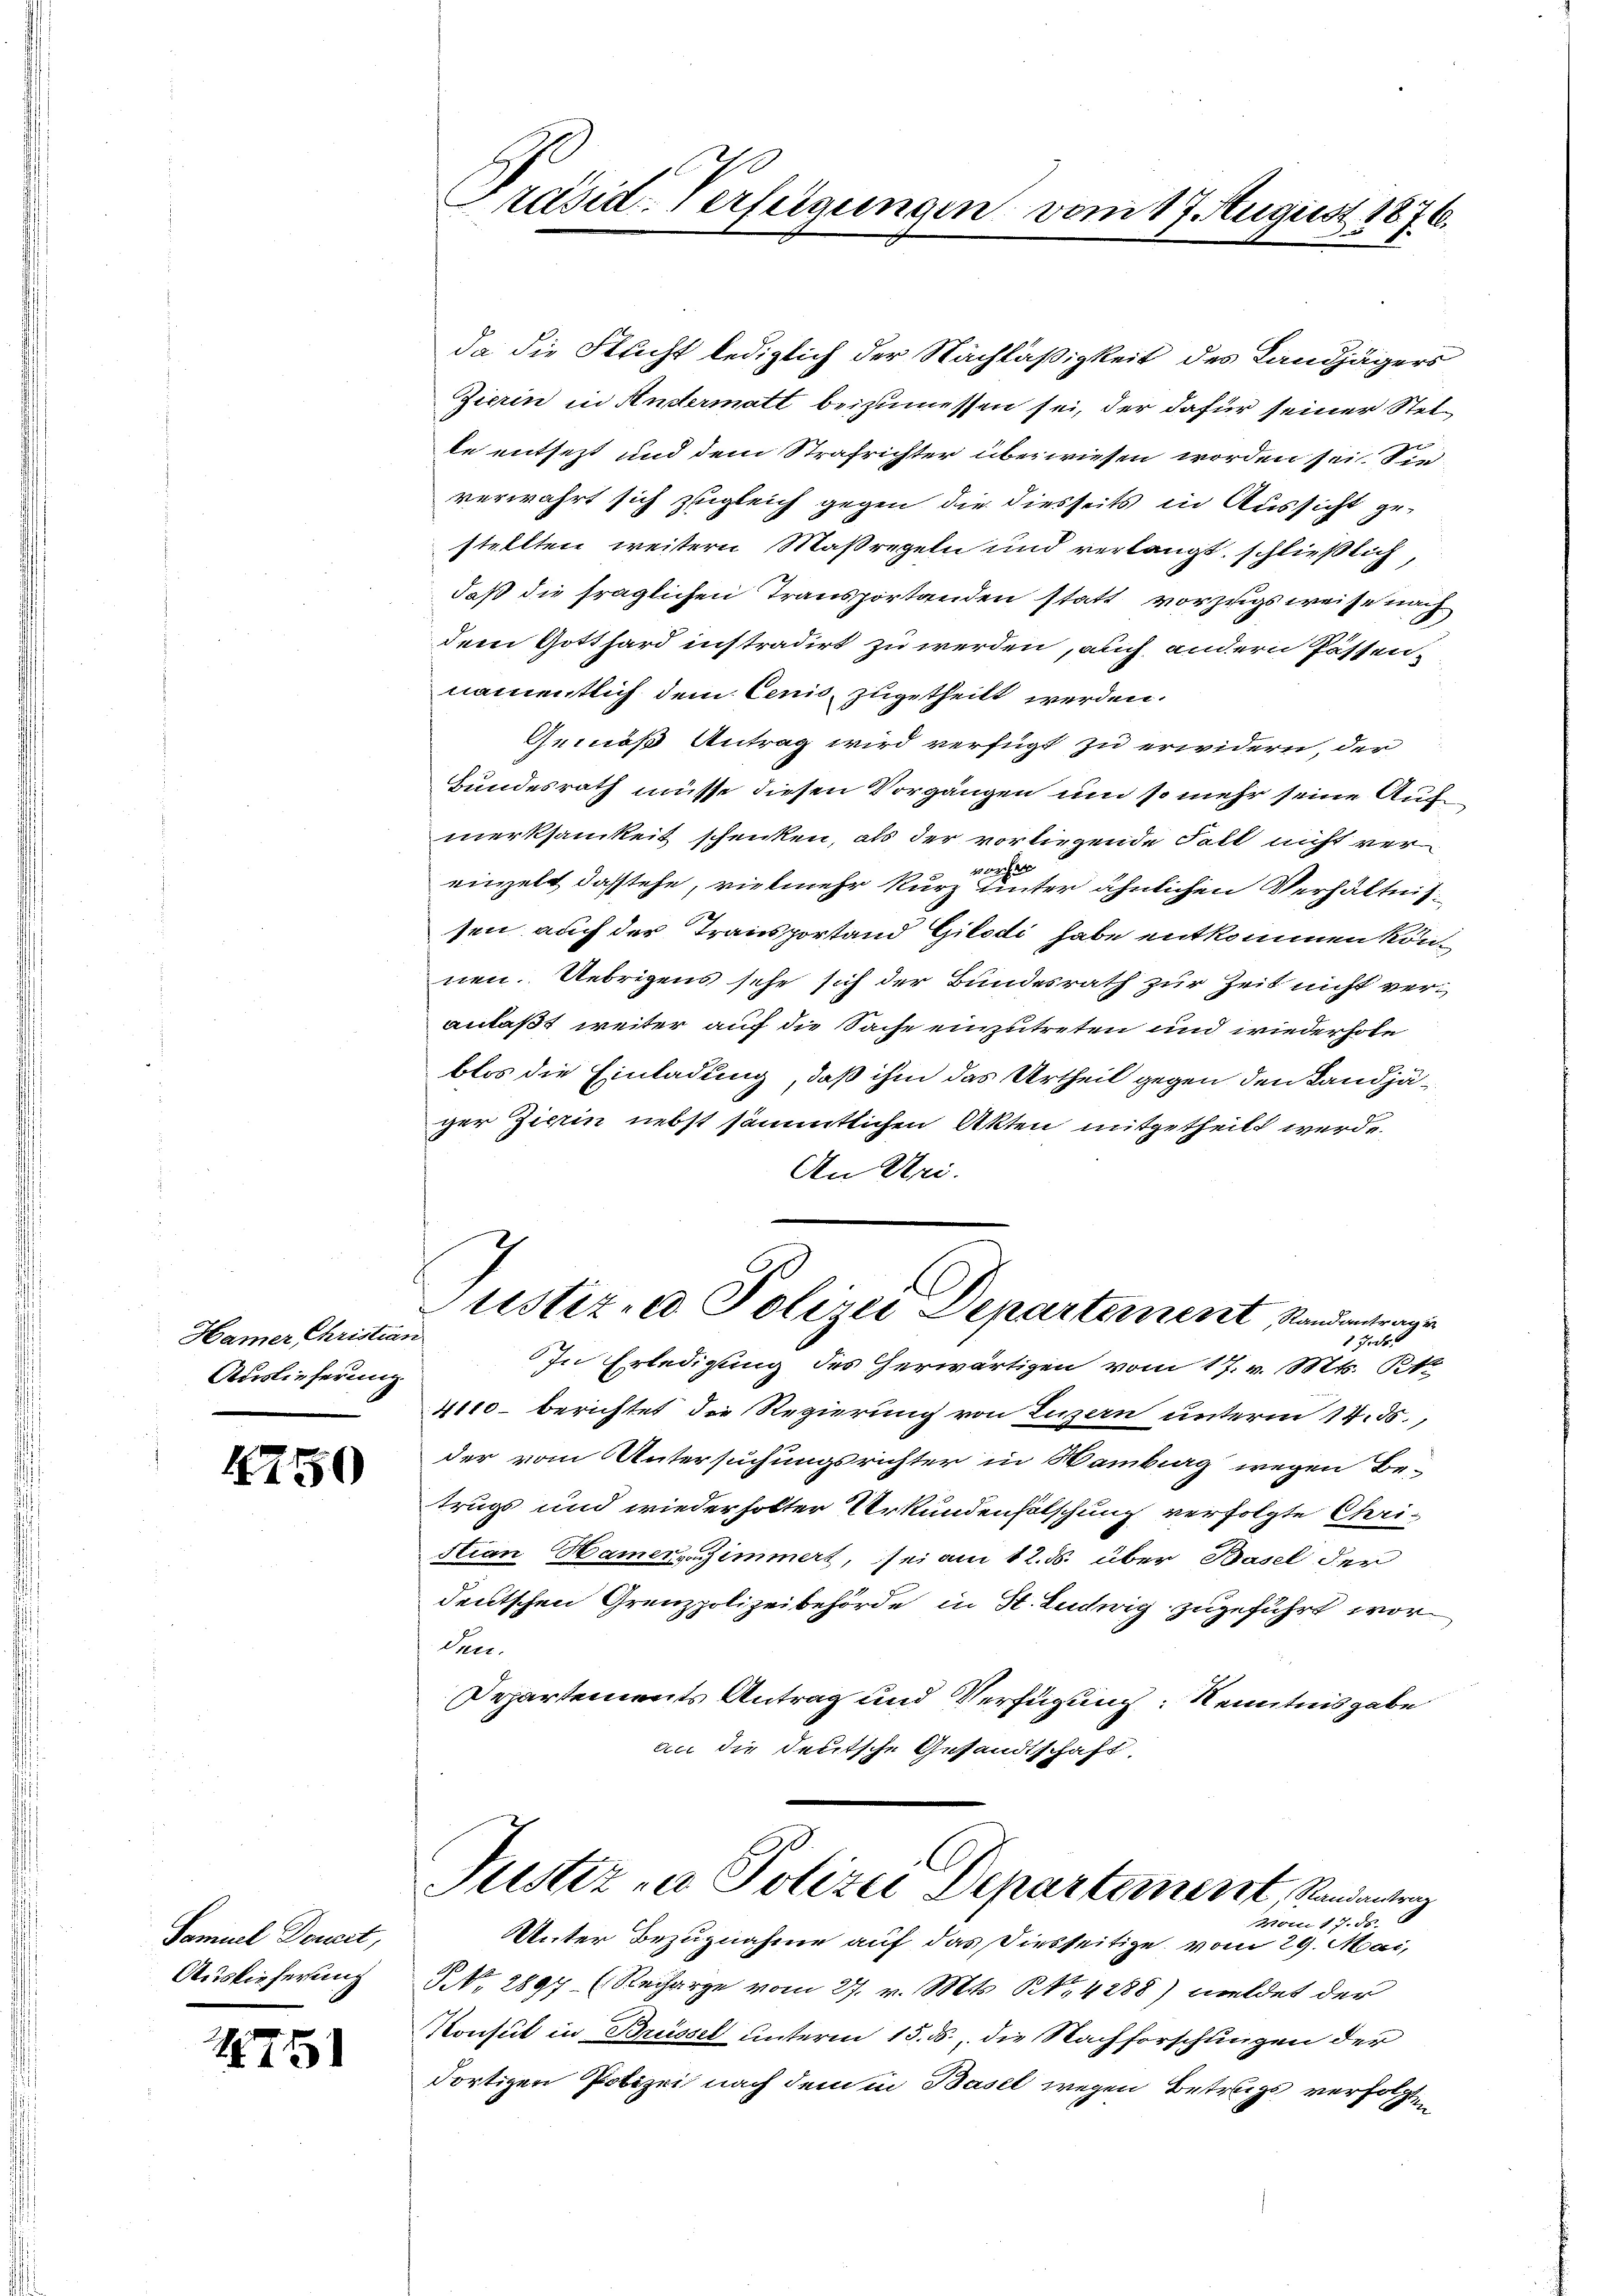
Hamer, Christian
Auslieferung

4750

Samuel Dornet,
Auslieferung

151

Präsid. Verfügungen vom 17. August 1876.

da die Flucht lediglich der Nachläßigkeit des Landjägers
Zierin in Andermatt beizumessen sei, der dafür seiner Stelle entsetzt und dem Strafrichter überwiesen worden sei. Sie
verwahrt sich zugleich gegen die diesseits in Aussicht gestellten weitern Maßregeln und verlangt, schließlich,
daß die fraglichen Transportanden statt vorzugsweise nach
dem Gotthard instradirt zu werden, auch andern Passennamentlich dem Cenis zugetheilt werden.
Gemäß Antrag wird verfügt zu erwidern, der
Bundesrath müsse diesen Vorgängen und so mehr seine Auf
merksamkeit schenken, als der vorliegende Fall nicht verwarche
einzelt dasstehe, vielmehr kurz unter ähnlichen Verhältnis
sen auch der Transportand Gilodi habe entkommen kön
nen. Uebrigens sehe sich der Bundesrath zur Zeit nicht veranlaßt weiter auf die Sache einzutreten und wiederhole
blos die Einladung, daß ihm das Urtheil gegen den Landjäger Zierin nebst sämmtlichen Akten mitgetheilt werde.
An Uri.
Justiz- & Polizei Departement, Standantragen
1 Frk.
In Erledigung des herwärtigen vom 17. v. Mts. Rt.
4110 berichtet die Regierung von Luzern unterm 14. 55.
der vom Untersuchungsrichter in Wambiag wegen Be-
trugs und wiederholter Urkundenfälschung verfolgte Chri-
Stian Hamer immert, sei am 12. ds. über Basel der
deutschen Grenzpolizeibehörde in St. Ludwig zugeführt worden.
Departements Antrag und Verfügung Kenntnisgabe
an die deutsche Gesandtschaft,

C
Justiz zu Polizei Departement, Randantrag
Vom 17. ds.

Unter Bezugnahme auf das Diesseitige vom 29. Mai,
§ No. 2897 (Recharge vom 27. v. Mts. No. 4288) meldet der
Konsul in Brüssel unterm 15. ds., die Nachforschungen der
dortigen Polizei nach dem in Basel wegen Betrugs verfolgt